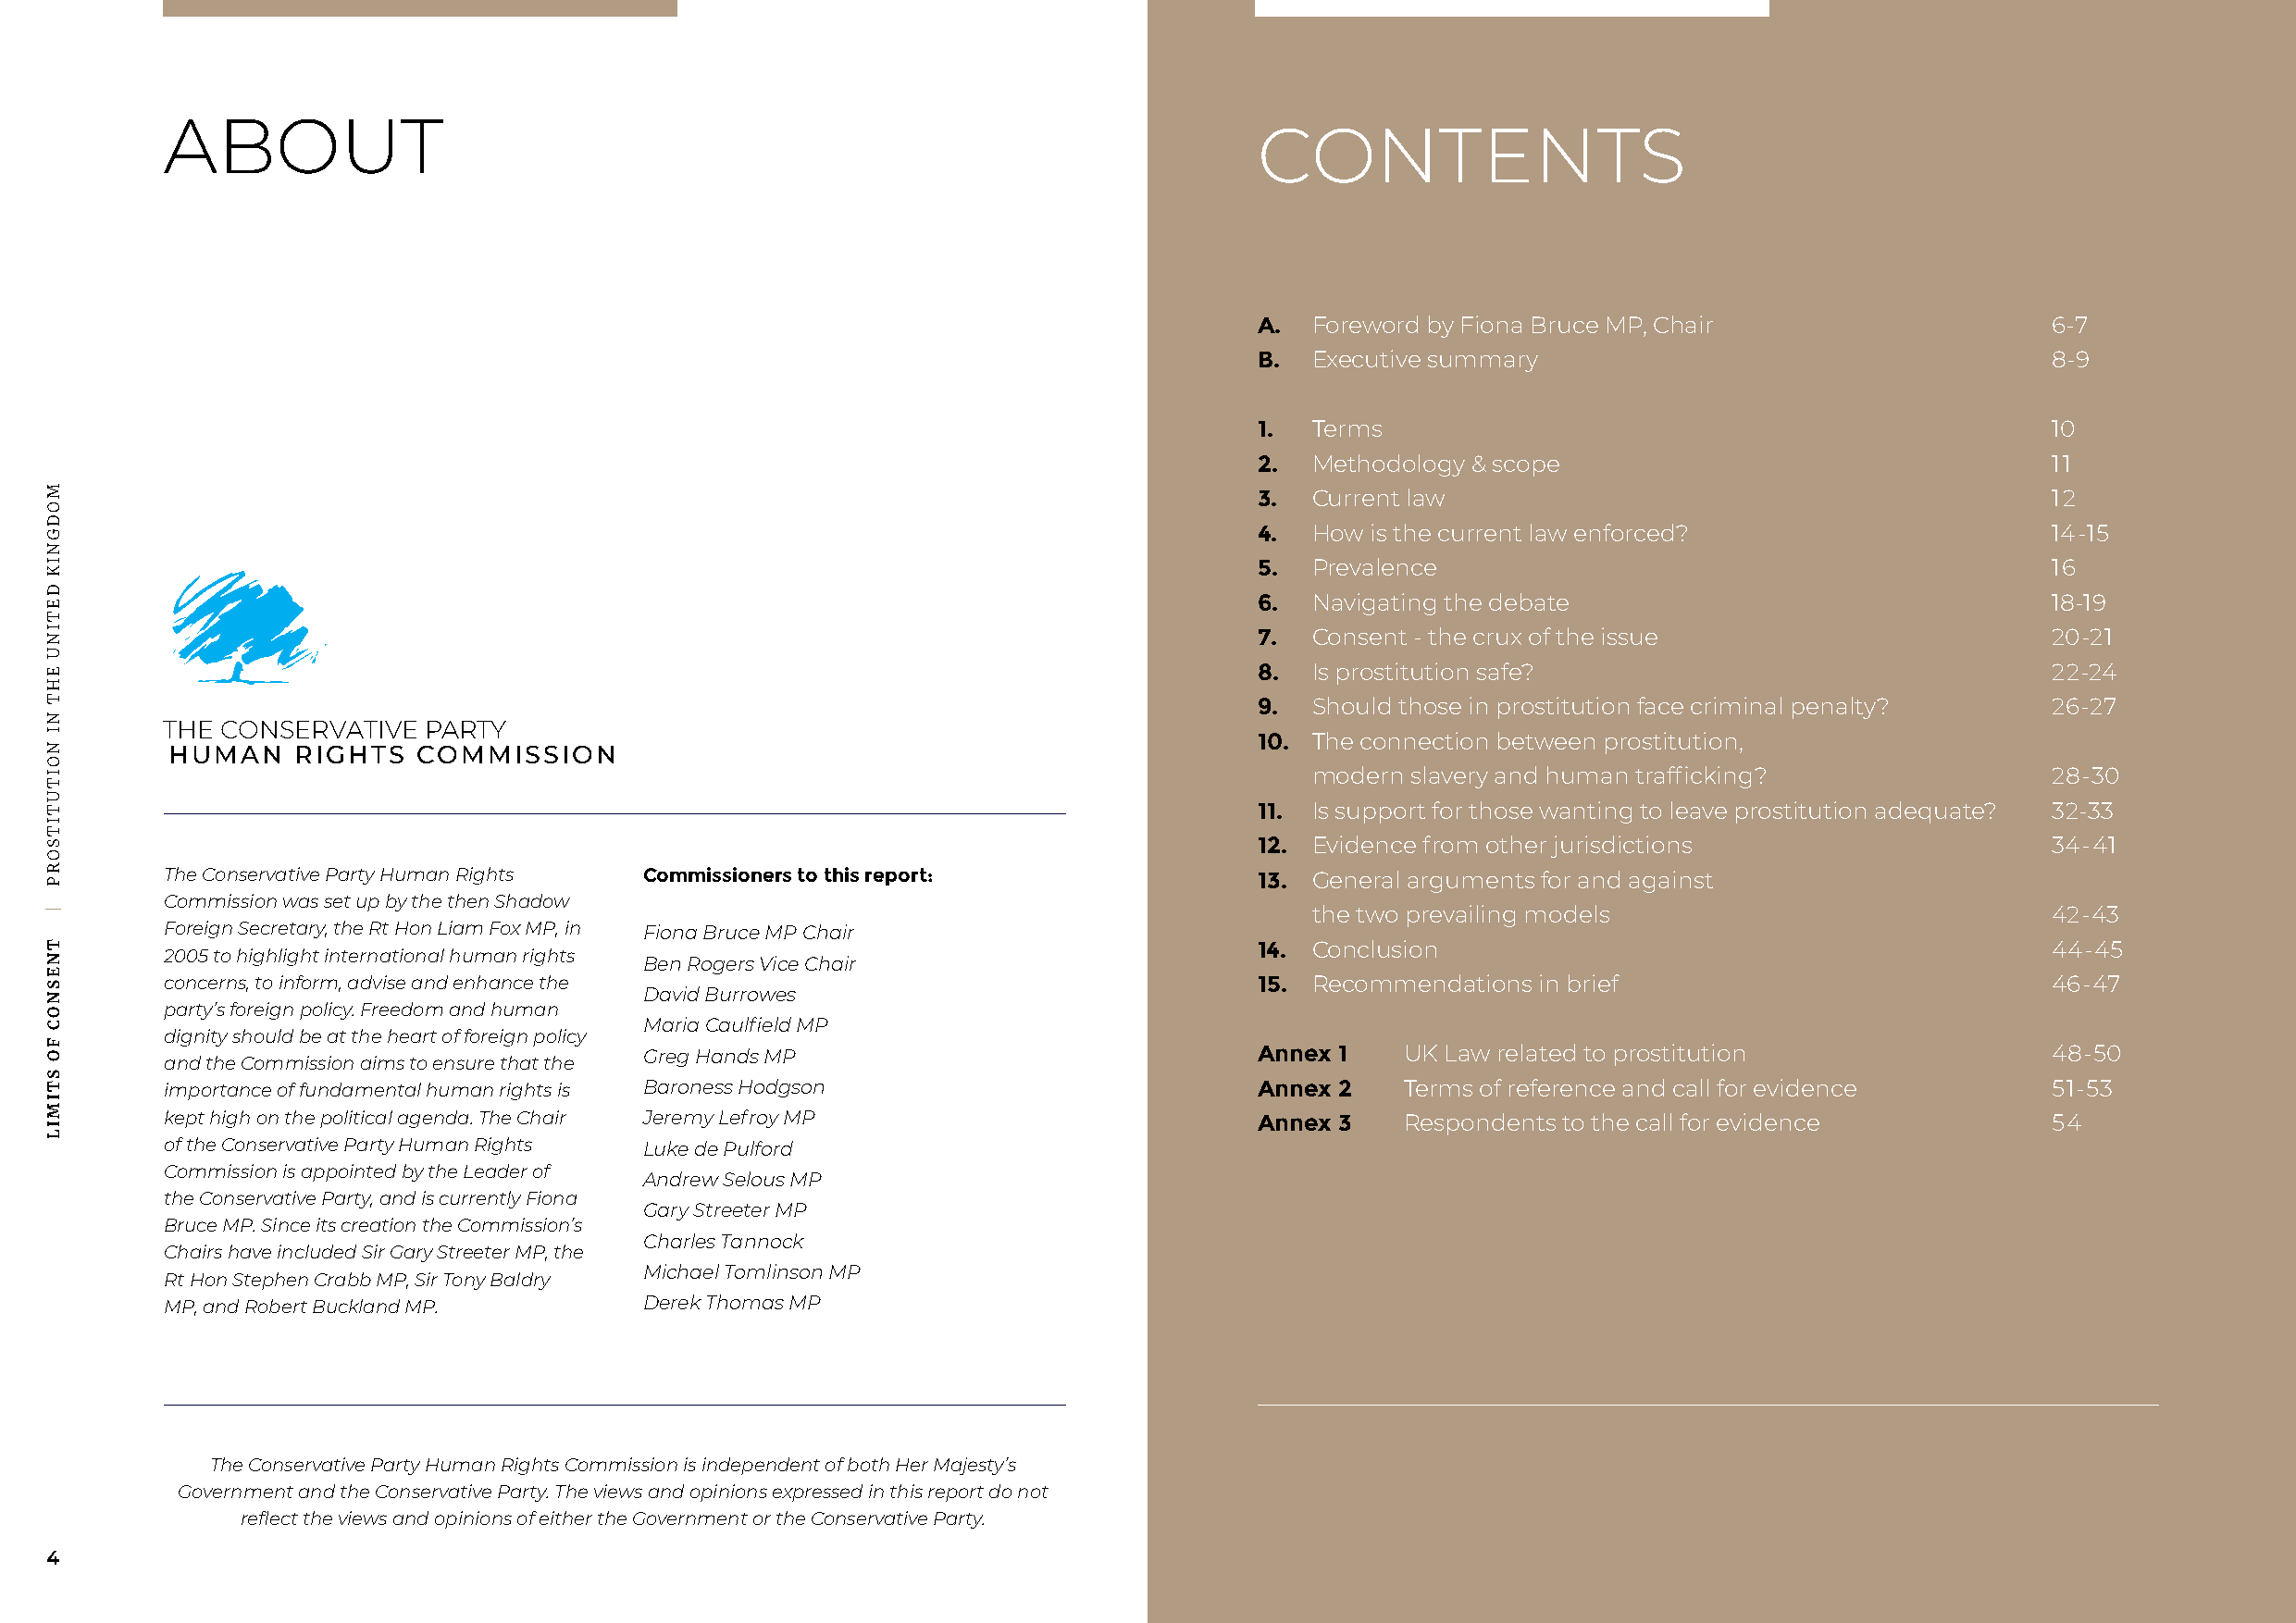
ABOUT
 CONTENTS
 A.  Foreword by Fiona Bruce MP, Chair                    6-7
 B.  Executive summary                                    8-9
 1.  Terms                                                10
 2.  Methodology & scope                                  11
 3.  Current law                                          12
 4.  How is the current law enforced?                     14-15
 5.  Prevalence                                           16
 6.  Navigating the debate                                18-19
 7.  Consent - the crux of the issue                      20-21
 8.  Is prostitution safe?                                22-24
 9.  Should those in prostitution face criminal penalty?  26-27
 THE CONSERVATIVE  PARTY
 10. The connection between prostitution,
 HUMAN    RIGHTS   COMMISSION
 modern slavery and human trafficking?                28-30
 11. Is support for those wanting to leave prostitution adequate? 32-33
 12. Evidence from other jurisdictions                    34-41
 The Conservative Party Human Rights Commissioners to this report:             13. General arguments for and against
 Commission was set up by the then Shadow
 the two prevailing models                            42-43
 Foreign Secretary, the Rt Hon Liam Fox MP, in Fiona Bruce MP Chair
 14. Conclusion                                           44-45
 2005 to highlight international human rights
 Ben Rogers Vice Chair
 concerns, to inform, advise and enhance the                                   15. Recommendations in brief                             46-47
 David Burrowes
 party’s foreign policy. Freedom and human
 Maria Caulfield MP
 dignity should be at the heart of foreign policy
 Greg Hands MP                               Annex 1   UK Law related to prostitution                 48-50
 and the Commission aims to ensure that the
 importance of fundamental human rights is Baroness Hodgson                    Annex 2   Terms of reference and call for evidence       51-53
 kept high on the political agenda. The Chair Jeremy Lefroy MP                 Annex 3   Respondents to the call for evidence           54
 of the Conservative Party Human Rights Luke de Pulford
 Commission is appointed by the Leader of
 Andrew Selous MP
 the Conservative Party, and is currently Fiona
 Gary Streeter MP
 Bruce MP. Since its creation the Commission’s
 Charles Tannock
 Chairs have included Sir Gary Streeter MP, the
 Michael Tomlinson MP
 Rt Hon Stephen Crabb MP, Sir Tony Baldry
 MP, and Robert Buckland MP.       Derek Thomas MP
 The Conservative Party Human Rights Commission is independent of both Her Majesty’s
 Government and the Conservative Party. The views and opinions expressed in this report do not
 reflect the views and opinions of either the Government or the Conservative Party.
 4
 MODGNIK
 DETINU
 EHT
 NI
 NOITUTITSORP
 |
 TNESNOC
 FO
 STIMIL